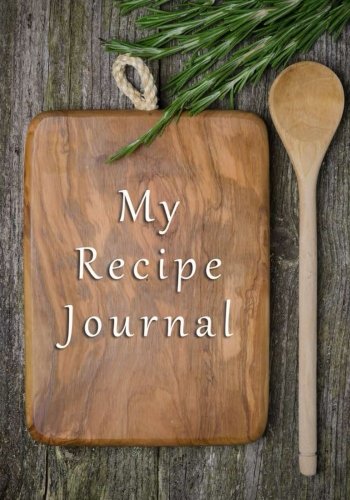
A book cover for My Recipe Journal: Blank Cookbook, 7 x 10, 111 Pages; My Recipe Journal; Cookbooks, Food & Wine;